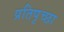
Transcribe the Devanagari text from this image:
प्रतिपृच्छा